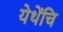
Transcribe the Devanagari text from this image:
येथेंचि